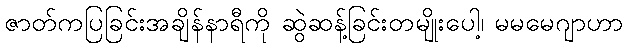
ဇာတ်ကပြခြင်းအချိန်နာရီကို ဆွဲဆန့်ခြင်းတမျိုးပေါ့၊ မမမေဂျာဟာ